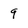
Character: q